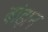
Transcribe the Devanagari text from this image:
बांझन